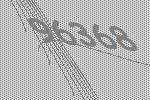
96368